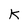
Character: K